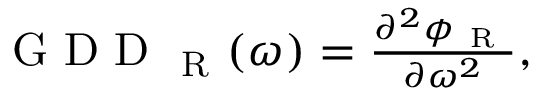
\begin{array} { r } { \mathrm { ~ G ~ D ~ D ~ } _ { \mathrm { ~ R ~ } } ( \omega ) = \frac { \partial ^ { 2 } \phi _ { \mathrm { ~ R ~ } } } { \partial \omega ^ { 2 } } , } \end{array}